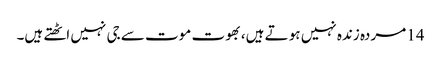
14 مردہ زندہ نہیں ہو تے ہیں، بھوت موت سے جی نہیں اٹھتے ہیں۔